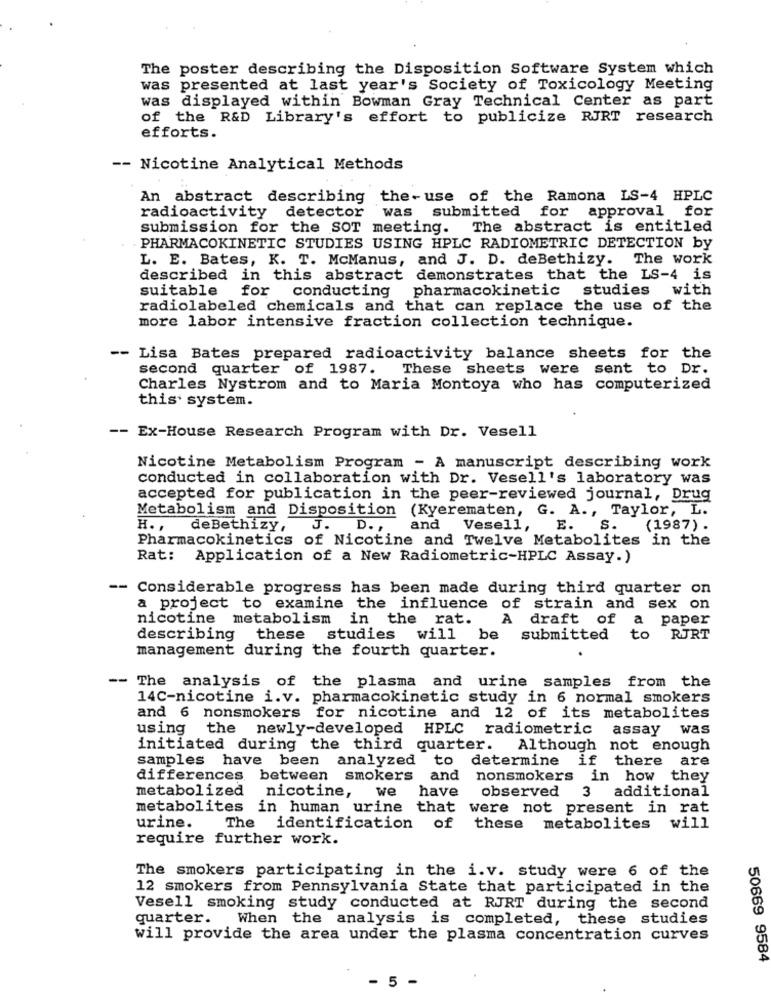
The poster describing the Disposition Software System which
was presented at last year's Society of Toxicology Meeting
was displayed within Bowman Gray Technical Center as part
of the R&D Library's effort to publicize RJRT research
efforts.
-- Nicotine Analytical Methods
An abstract describing the-use of the Ramona LS-4 HPLC
radioactivity detector
was submitted
for approval for
submission for the SOT meeting. The abstract is entitled
PHARMACOKINETIC STUDIES USING HPLC RADIOMETRIC DETECTION by
L. E. Bates, K. T. McManus, and J. D. deBethizy. The work
described in this abstract demonstrates that the LS-4 is
suitable for conducting pharmacokinetic studies with
radiolabeled chemicals and that can replace the use of the
more labor intensive fraction collection technique.
-- Lisa Bates prepared radioactivity balance sheets for the
second quarter of 1987. These sheets were sent to Dr.
Charles Nystrom and to Maria Montoya who has computerized
this system.
-- Ex-House Research Program with Dr. Vesell
Nicotine Metabolism Program - A manuscript describing work
conducted in collaboration with Dr. Vesell's laboratory was
accepted for publication in the peer-reviewed journal, Drug
Metabolism and Disposition (Kyerematen, G. A ., Taylor, L.
H. ,
deBethizy, J. D. ,
and Vesell,
E.
S.
(1987) .
Pharmacokinetics of Nicotine and Twelve Metabolites in the
Rat: Application of a New Radiometric-HPLC Assay.)
-- Considerable progress has been made during third quarter on
a project to examine the influence of strain and sex on
nicotine metabolism in the rat.
A draft of a paper
describing these studies will be submitted to RJRT
management during the fourth quarter.
-- The analysis of the plasma and urine samples from the
14C-nicotine i.v. pharmacokinetic study in 6 normal smokers
and 6 nonsmokers for nicotine and 12 of its metabolites
using
the newly-developed HPLC radiometric
assay was
initiated during the third quarter. Although not enough
samples have been analyzed to determine if there are
differences between smokers
and nonsmokers in how they
observed
additional
metabolized nicotine, we have
3
metabolites in human urine that were not present in rat
urine.
The identification of these metabolites will
require further work.
The smokers participating in the i.v. study were 6 of the
12 smokers from Pennsylvania State that participated in the
Vesell smoking study conducted at RJRT during the second
quarter. When the analysis is completed, these studies
will provide the area under the plasma concentration curves
50669 9584
- 5 -